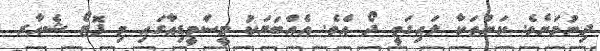
ދިނުމަށެވެ. ކަންތަކާ ލައިގަތީ ދޯ އެވެ. އެއްބަޔަކު މީސްމީޑިއާގައި މި ފޮޓޯ ޝެއާރ